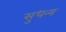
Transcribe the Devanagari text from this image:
सुधन्य